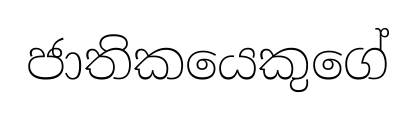
ජාතිකයෙකුගේ